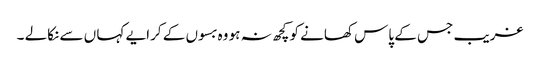
غریب جس کے پاس کھانے کو کچھ نہ ہو وہ بسوں کے کرایے کہا ں سے نکالے ۔